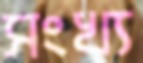
সংখ্য